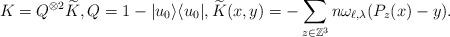
LaTeX: \begin{align*} K = Q^{\otimes 2}\widetilde{K},Q=1-|u_0\rangle \langle u_0|,\widetilde{K}(x,y) = - \sum_{z \in \mathbb{Z}^3} n \omega_{\ell,\lambda}(P_z(x)-y). \end{align*}